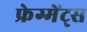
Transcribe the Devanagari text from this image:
फ्रेग्मेंट्स